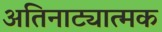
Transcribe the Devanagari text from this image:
अतिनाट्यात्मक